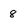
Character: 8